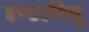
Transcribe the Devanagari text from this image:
इण्टरवियू